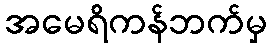
အမေရိကန်ဘက်မှ